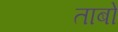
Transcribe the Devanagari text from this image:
ताबो